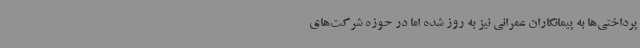
پرداختی‌ها به پیمانکاران عمرانی نیز به روز شده اما در حوزه شرکت‌های